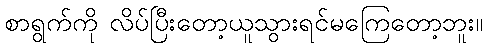
စာရွက်ကို လိပ်ပြီးတော့ယူသွားရင်မကြေတော့ဘူး။